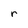
Character: r